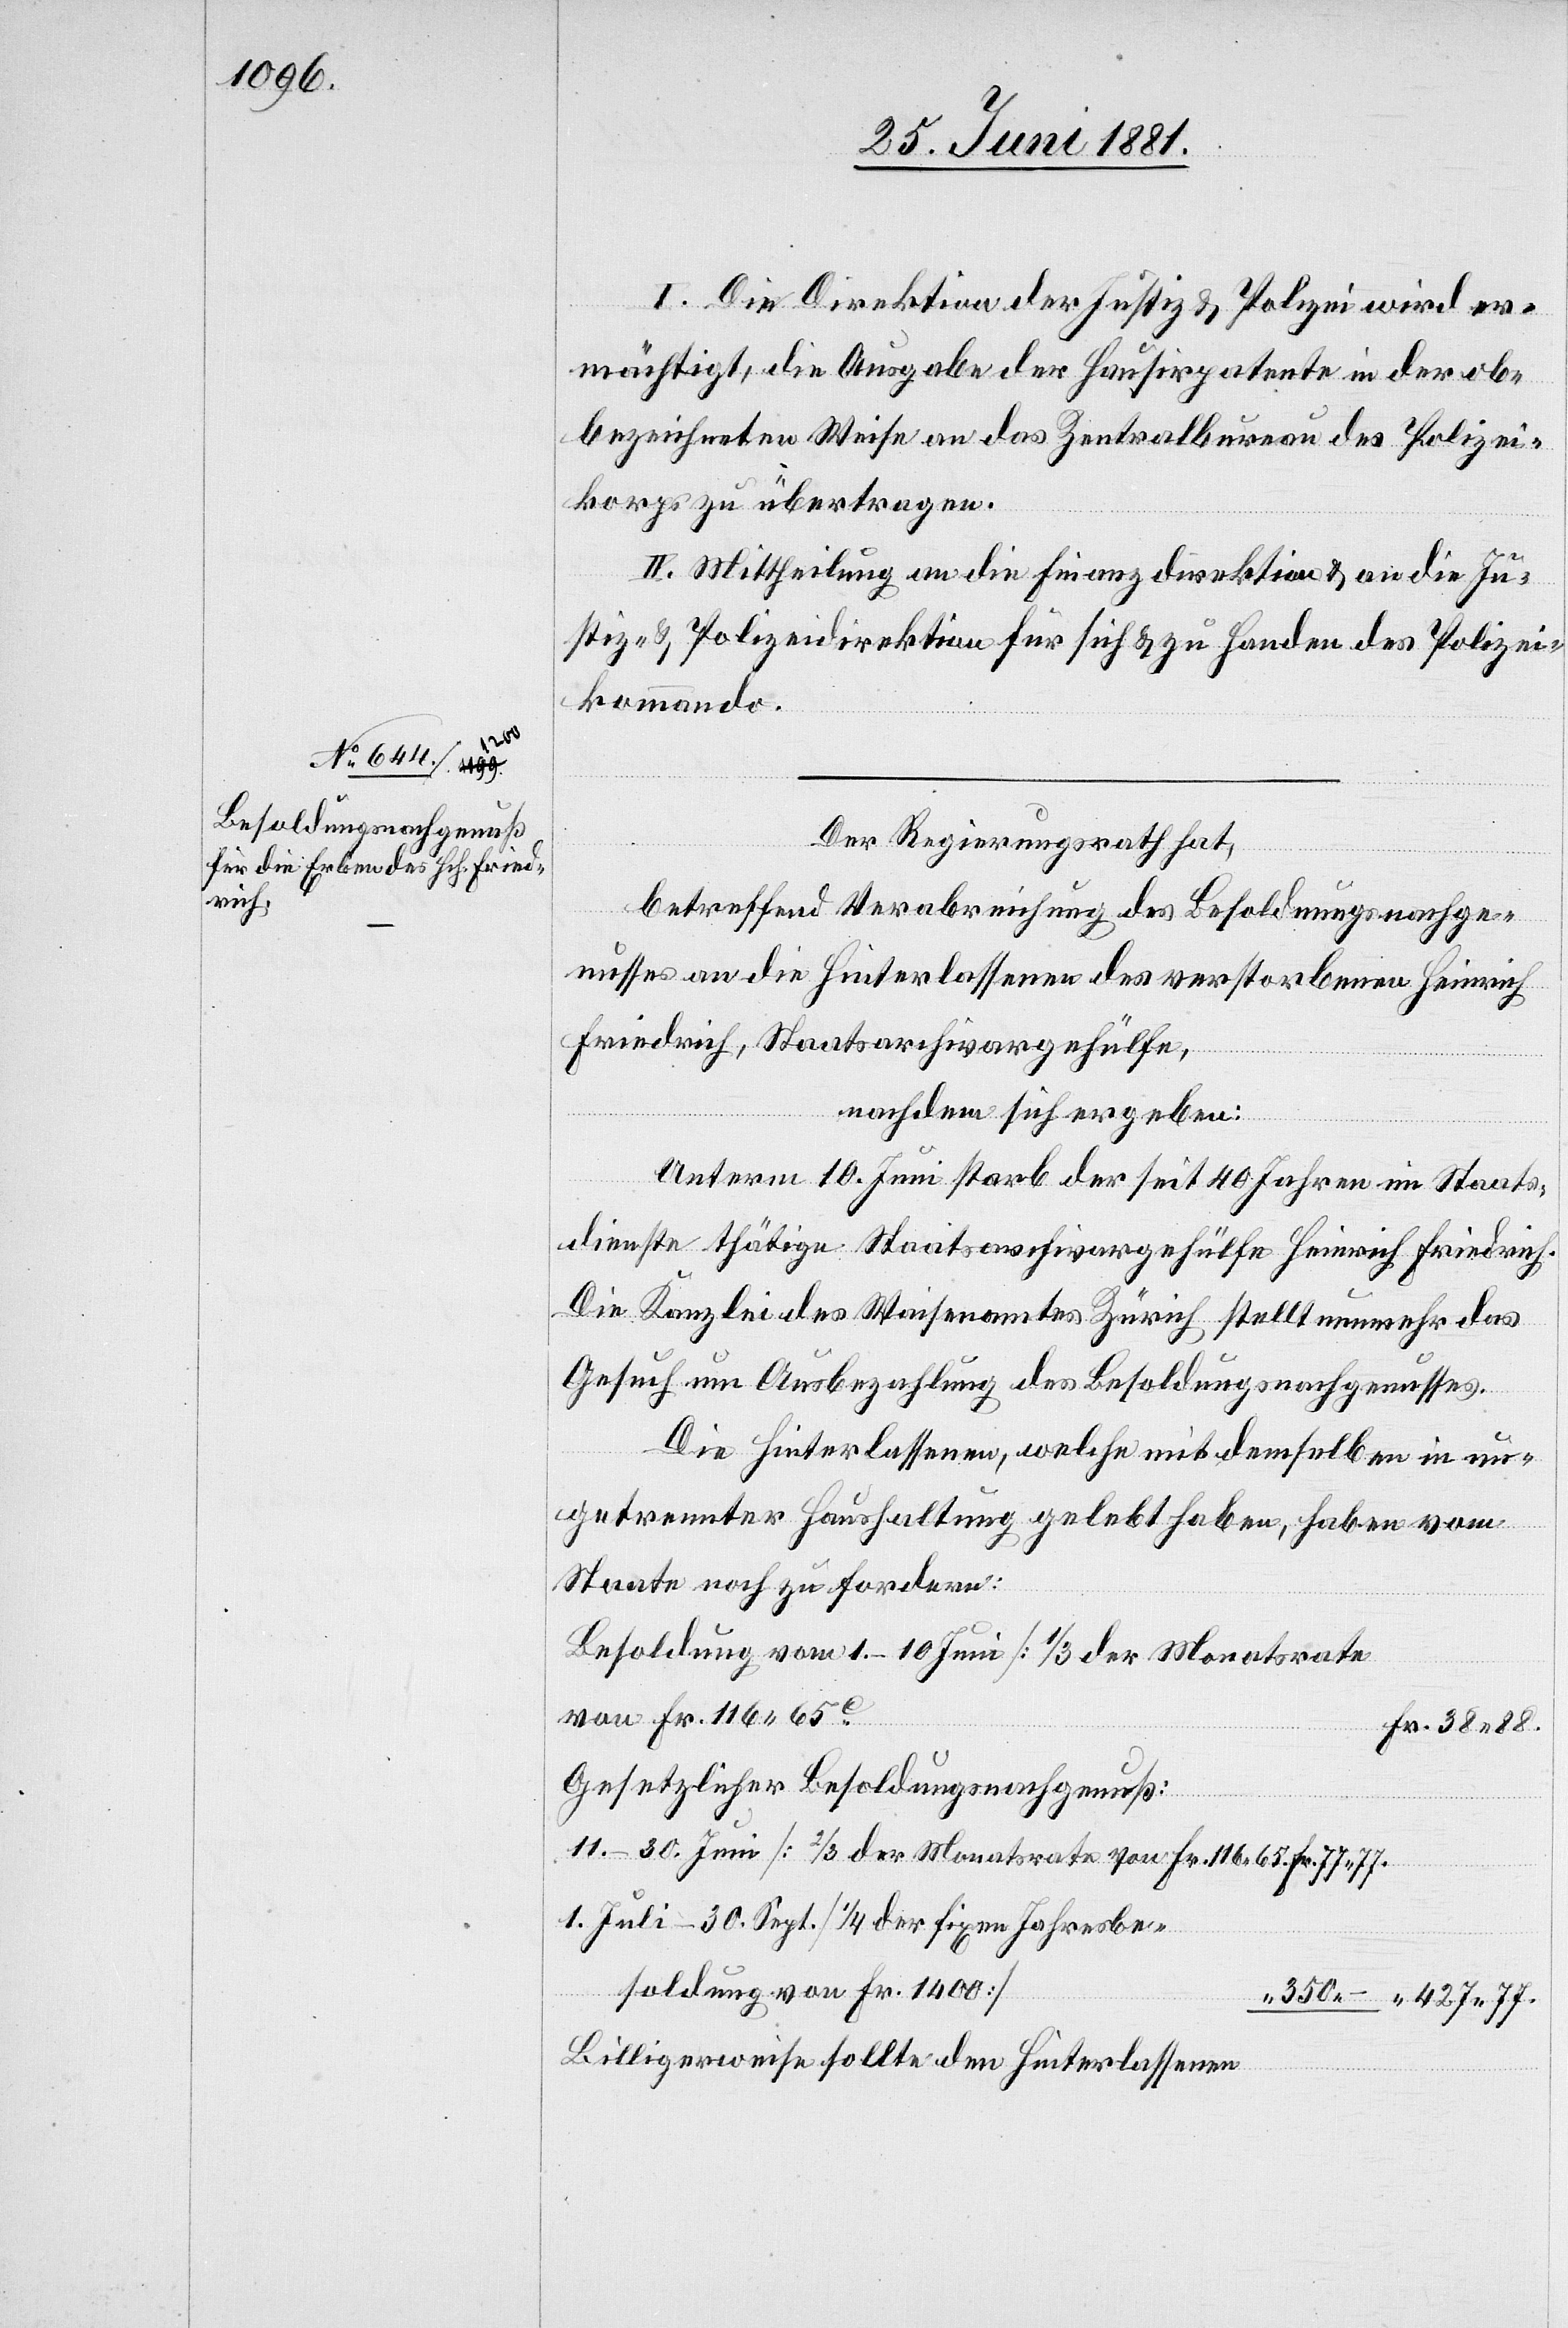
I. Die Direktion der Justiz & Polizei wird er¬
mächtigt, die Ausgabe der Hausirpatente in der ob¬
bezeichneten Weise an das Zentralbureau des Polizei¬
korps zu übertragen.
II. Mittheilung an die Finanzdirektion & an die Ju¬
stiz- & Polizeidirektion für sich & zu Handen des Polizei¬
kommando.
Der Regierungsrath hat,
betreffend Verabreichung des Besoldungsnachge¬
nusses an die Hinterlassenen des verstorbenen Heinrich
Friedrich, Staatsarchivargehülfe,
nachdem sich ergeben:
427
Unterm 10. Juni starb der seit 40 Jahren im Staats¬
dienste thätige Staatsarchivargehülfe Heinrich Friedrich.
Die Kanzlei des Waisenamtes Zürich, stellt nunmehr das
Gesuch um Ausbezahlung des Besoldungsnachgenusses.
Die Hinterlassenen, welche mit demselben in un¬
getrennter Haushaltung gelebt haben, haben vom
Staate noch zu fordern:
Besoldung vom 1.–10 Juni [1/3 der Monatsrate
von Fr. 116 65
Gesetzlicher Besoldungsnachgenuß:
11.–30. Juni [2/3 der Monatsrate von Fr. 116 65 Fr.] Fr.
1. Juli–30. Sept. [1/4 der fixen Jahresbe¬
–
soldung von Fr. 1400]
Billigerweise sollte den Hinterlassenen